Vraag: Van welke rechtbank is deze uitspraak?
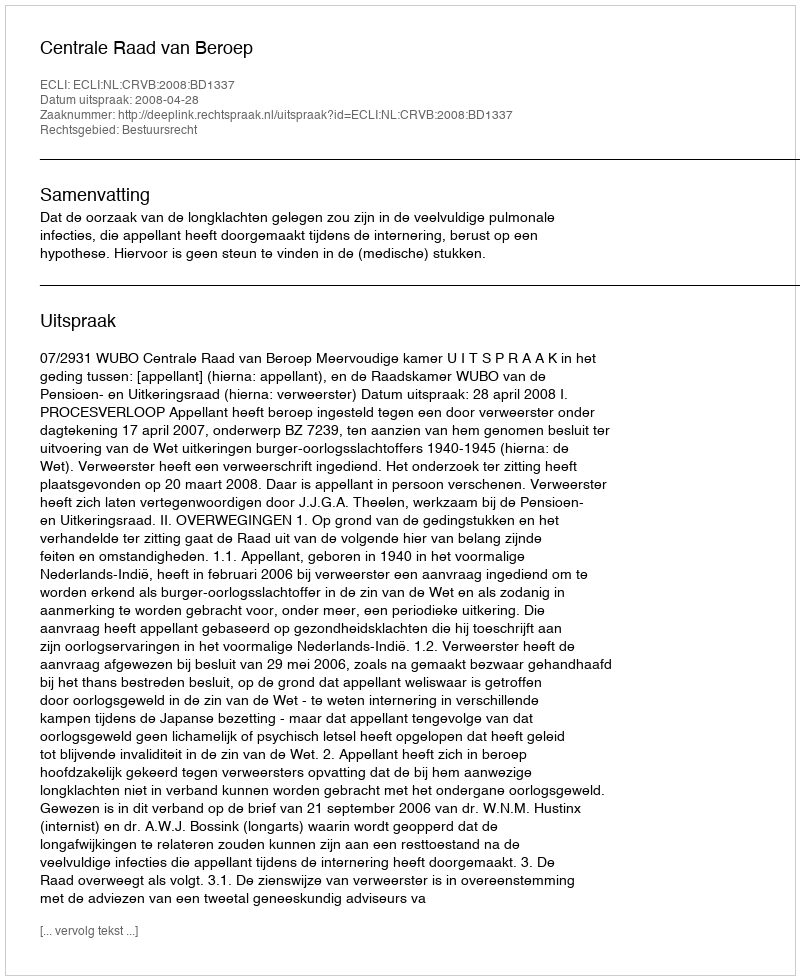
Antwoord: Centrale Raad van Beroep